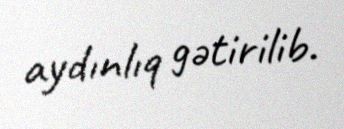
aydınlıq gətirilib.